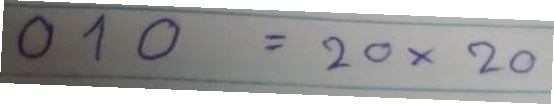
010 = 20x20